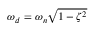
\omega _ { d } = \omega _ { n } \sqrt { 1 - \zeta ^ { 2 } }